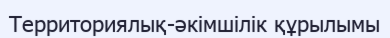
Территориялық-әкімшілік құрылымы